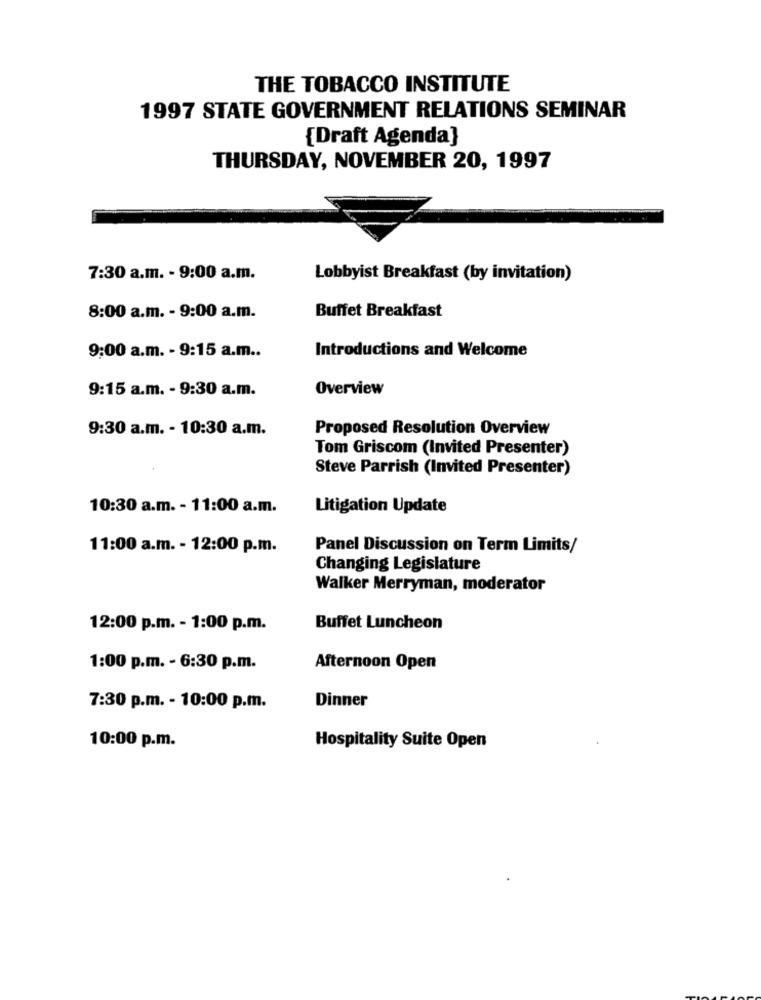
THE TOBACCO INSTITUTE
1997 STATE GOVERNMENT RELATIONS SEMINAR
{Draft Agenda]
THURSDAY, NOVEMBER 20, 1997
7:30 a.m. - 9:00 a.m.
Lobbyist Breakfast (by invitation)
Buffet Breakfast
8:00 a.m. - 9:00 a.m.
9:00 a.m. - 9:15 a.m ..
Introductions and Welcome
9:15 a.m. - 9:30 a.m.
Overview
9:30 a.m. - 10:30 a.m.
Proposed Resolution Overview
Tom Griscom (Invited Presenter)
Steve Parrish (Invited Presenter)
10:30 a.m. - 11:00 a.m.
Litigation Update
11:00 a.m. - 12:00 p.m.
Panel Discussion on Term Limits/
Changing Legislature
Walker Merryman, moderator
12:00 p.m. - 1:00 p.m.
Buffet Luncheon
1:00 p.m. - 6:30 p.m.
Afternoon Open
Dinner
7:30 p.m. - 10:00 p.m.
10:00 p.m.
Hospitality Suite Open